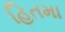
હિતમા